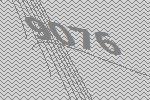
9076